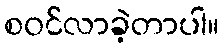
စဝင်လာခဲ့တာပါ။